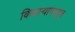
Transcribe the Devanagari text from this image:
किनार्‍यापासुन